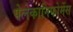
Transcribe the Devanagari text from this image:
पेलेकानिफोर्मेस